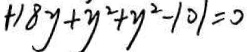
+ 1 8 y + y ^ { 2 } + y ^ { 2 } - 1 0 1 = 0